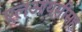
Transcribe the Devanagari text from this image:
एलआयसीसह